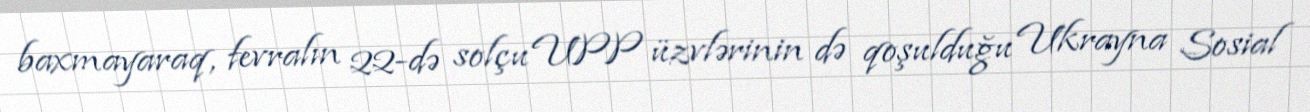
baxmayaraq, fevralın 22-də solçu UPP üzvlərinin də qoşulduğu Ukrayna Sosial